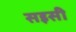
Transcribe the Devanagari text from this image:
सइसी